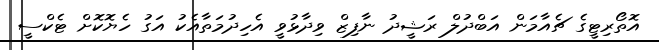
އޮތޯރިޓީގެ ޗެއާމަން އަބްދުލް ރަޝީދު ނާފިޒް ވިދާޅުވީ އެހިދުމަތާއެކު އަގު ހެޔޮކޮށް ޓެކްސީ